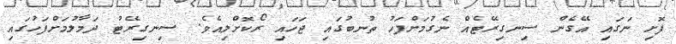
ފޮށި ނަގައި އޭގެން ސިނގިރޭޓެއް ނެގުމަށްފަހު ތުނބުގައި ޖަހައި ރޯކޮށްލިއެވެ. ސިނގިރޭޓު ދަމާލުމަށްފަހުގައި